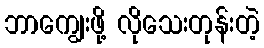
ဘာကျွေးဖို့ လိုသေးတုန်းတဲ့